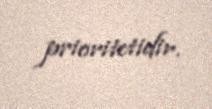
prioritetidir.